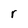
Character: r